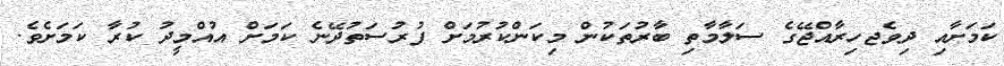
ކަމަށާއި ދިވެޖހިރާއްޖޭގެ ސަލާމާތި ބާރުތަކުން މިކަންކުރުމަށް ފުރުސަތުދޭނެ ކަމަށް އުއްމީދު ކުރާ ކަމަށެވެ.